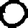
Digit: 0